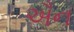
ઐન